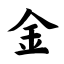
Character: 金